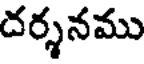
దర్శనము